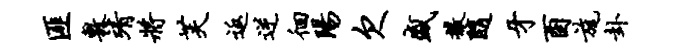
匪敷靖将芙返逆徊阳欠盛撒随牙酉旄卦